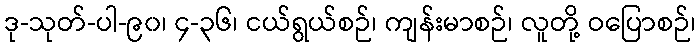
ဒု-သုတ်-ပါ-၉၀၊ ၄-၃၆၊ ငယ်ရွယ်စဉ်၊ ကျန်းမာစဉ်၊ လူတို့ ဝပြောစဉ်၊